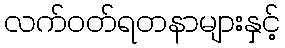
လက်ဝတ်ရတနာများနှင့်